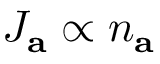
J _ { \mathbf { a } } \propto n _ { \mathbf { a } }